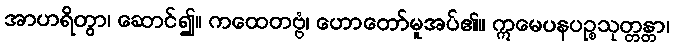
အာဟရိတွာ၊ ဆောင်၍။ ကထေတဗ္ဗံ၊ ဟောတော်မူအပ်၏။ ဣမေပနပဉ္စသုတ္တန္တာ၊